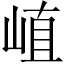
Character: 𡸜